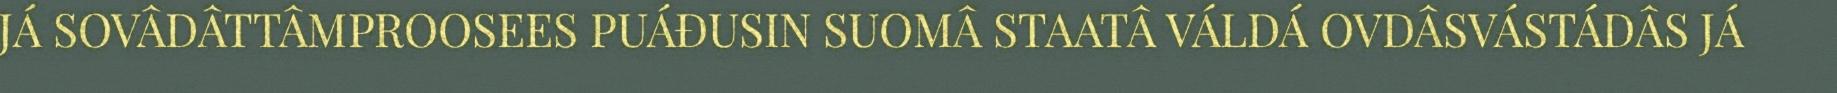
JÁ SOVÂDÂTTÂMPROOSEES PUÁĐUSIN SUOMÂ STAATÂ VÁLDÁ OVDÂSVÁSTÁDÂS JÁ